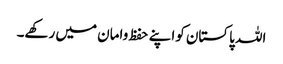
اللہ پاکستان کواپنے حفظ وامان میں رکھے۔